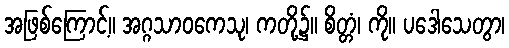
အဖြစ်ကြောင့်။ အဂ္ဂသာဝကေသု၊ ကတို့၌။ စိတ္တံ၊ ကို။ ပဒေါသေတွာ၊